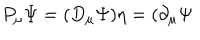
P _ { \mu } \Psi = ( D _ { \mu } \Psi ) \eta = ( \partial _ { \mu } \Psi